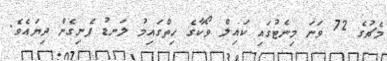
މެޗުގެ 72 ވަނަ މިނެޓުގައި ކައިލް ވޯކާގެ ހިތްގައިމު ލަނޑު ފެނިގެން ދިޔައެވެ.